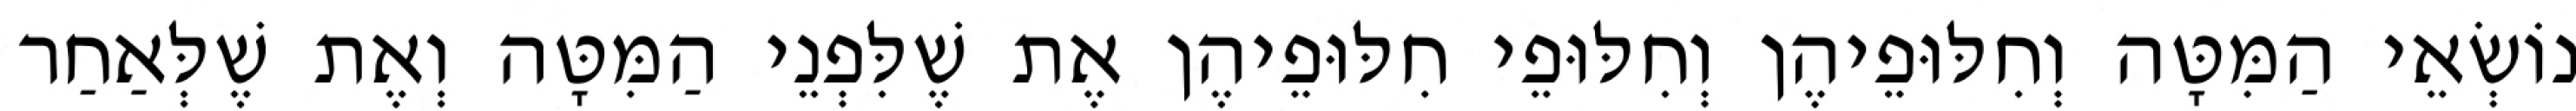
נוֹשְׂאֵי הַמִּטָּה וְחִלּוּפֵיהֶן וְחִלּוּפֵי חִלּוּפֵיהֶן אֶת שֶׁלִּפְנֵי הַמִּטָּה וְאֶת שֶׁלְּאַחַר